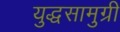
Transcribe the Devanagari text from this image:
युद्धसामुग्री